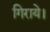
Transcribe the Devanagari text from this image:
गिराये।